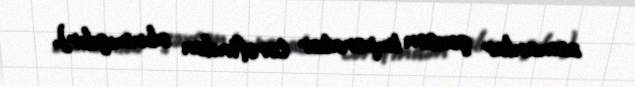
zamanlar şəxsən imperator tərəfindən alınmışdır).